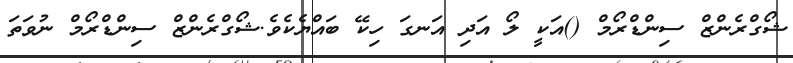
ޝޯގްރެންޒް ސިންޑްރޯމް ()އަކީ ލޯ އަދި އަނގަ ހިކޭ ބައްޔެކެވެ.ޝޯގްރެންޒް ސިންޑްރޯމް ނުވަތަ